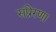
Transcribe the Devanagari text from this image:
संप्रेरणा